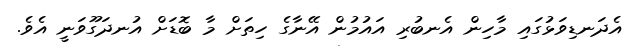
އެދަނޑިވަޅުގައި މާހިން އެނބުރި އައުމުން އޭނާގެ ހިތަށް މާ ބޮޑަށް އުނދަގޫވަނީ އެވެ.